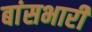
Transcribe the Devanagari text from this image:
बांसभारी